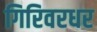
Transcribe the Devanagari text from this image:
गिरिवरधर